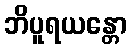
ဘိပူရယန္တော